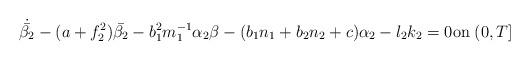
LaTeX: \begin{align*} & \dot{\bar{\beta_{2}}}-(a+f_{2}^{2})\bar{\beta_{2}}-b_{1}^{2}m_{1}^{-1}\alpha_{2}\beta-(b_{1}n_{1}+b_{2}n_{2}+c)\alpha_{2}-l_{2}k_{2}=0\hbox{on}\; (0, T]\end{align*}